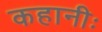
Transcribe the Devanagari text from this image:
कहानीः